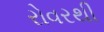
રોવરથી